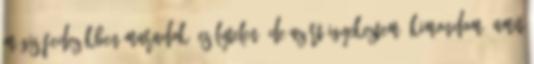
mégis fedezékben maradok. Esélytelen. de azért igyekeztem. Kimondom, amit